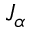
J _ { \alpha }